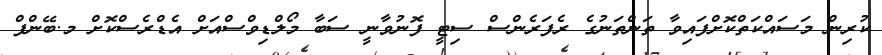
ކުރިން މަސައްކަތްކޮށްފައިވާ ތަންތަނުގެ ރެފަރެންސް ސިޓީ ފޮނުވާނީ ސަބާ މޯލްޑިވްސްއަށް އެޑްރެސްކޮށް މ.ބޭންފް